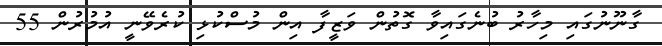
ގާނޫނުގައި މިހާރު ބުނެގައިވާ ގޮތުން ވަޒީފާ އިން މުސްކުޅި ކުރެވޭނީ އުމުރުން 55